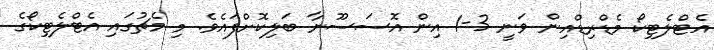
އެޓްލެޓިކޯ މެޑްރިޑްއިން ވަނީ 3-1 އިން އޮސަސޫނާ ބަލިކޮށްފައެވެ. މި މެޗުގައި އެޓްލެޓިކޯގެ